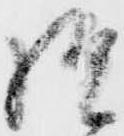
様